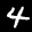
Label: 4